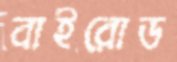
বাইরোড